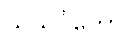
သုသင်္ဂတော